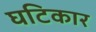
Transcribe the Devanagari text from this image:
घटिकार